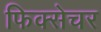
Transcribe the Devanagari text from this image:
फिक्सेचर